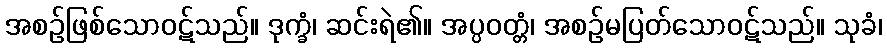
အစဉ်ဖြစ်သောဝဋ်သည်။ ဒုက္ခံ၊ ဆင်းရဲ၏။ အပ္ပဝတ္တံ၊ အစဉ်မပြတ်သောဝဋ်သည်။ သုခံ၊